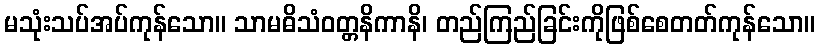
မသုံးသပ်အပ်ကုန်သော။ သာမဓိသံဝတ္တနိကာနိ၊ တည်ကြည်ခြင်းကိုဖြစ်စေတတ်ကုန်သော။